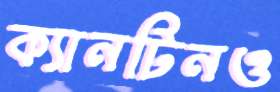
ক্যানটিনও